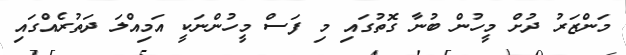
މަންޒަރު ދުށް މީހުން ބުނާ ގޮތުގައި މި ފަސް މީހުންނަކީ އަމިއްލަ ދަތުރެއްގައި